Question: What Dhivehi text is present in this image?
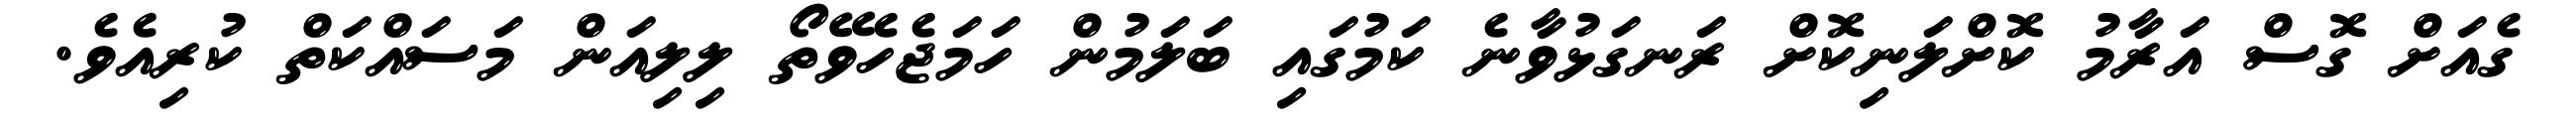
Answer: ގެއަށް ގޮސް އަރާމު ކޮށްލަނިކޮށް ރަނގަޅުވާނެ ކަމުގައި ބަލަމުން ހަމަޖެހެވޭތޯ ލިލިއަން މަސައްކަތް ކުރިއެވެ.